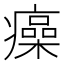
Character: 㿋